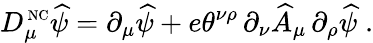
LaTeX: D_{\mu}^{\mathrm{\scriptsize~NC}}\widehat\psi=\partial_{\mu}\widehat\psi+e\theta^{\nu\rho}\, \partial_{\nu}\widehat A_{\mu}\, \partial_{\rho}\widehat\psi\; .